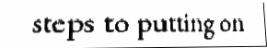
steps to putting on